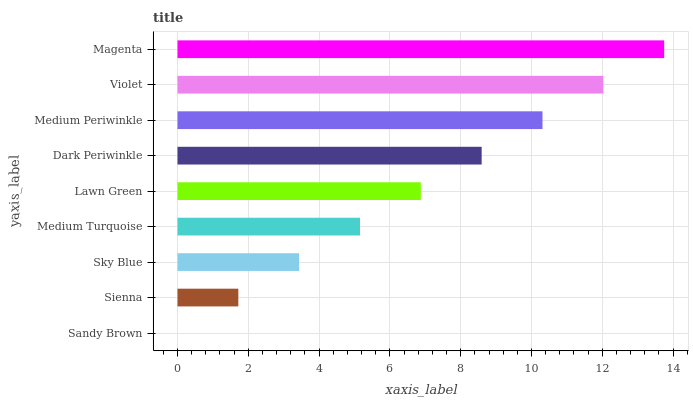
| yaxis_label | bars |
 | --- | --- |
 | Sandy Brown | 0 |
 | Sienna | 1.72 |
 | Sky Blue | 3.44 |
 | Medium Turquoise | 5.16 |
 | Lawn Green | 6.87 |
 | Dark Periwinkle | 8.59 |
 | Medium Periwinkle | 10.3 |
 | Violet | 12 |
 | Magenta | 13.7 |